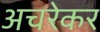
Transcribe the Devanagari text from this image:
अचरेकर